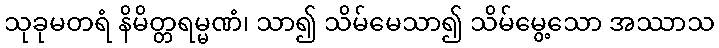
သုခုမတရံ နိမိတ္တရမ္မဏံ၊ သာ၍ သိမ်မေသာ၍ သိမ်မွေ့သော အဿာသ